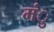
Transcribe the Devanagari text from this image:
मंु